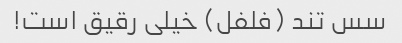
سس تند (فلفل) خیلی رقیق است!